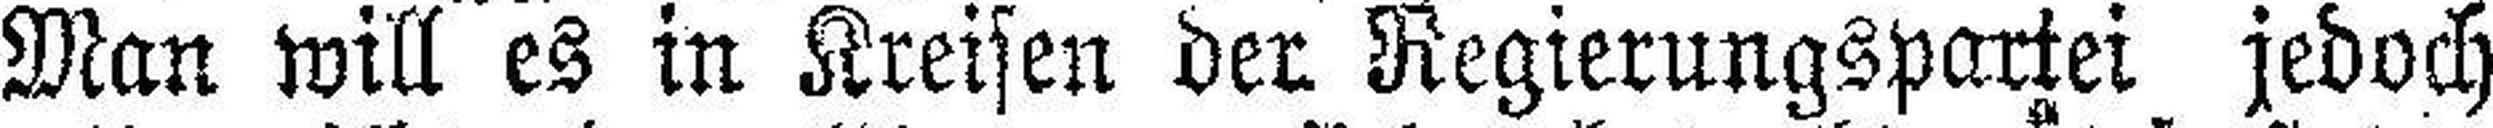
Man will es in Kreisen der Regierungspartei jedoch